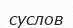
суслов